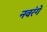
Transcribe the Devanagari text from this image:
नवरंगे